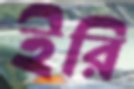
ইরি